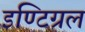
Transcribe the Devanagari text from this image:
इण्टिग्रल